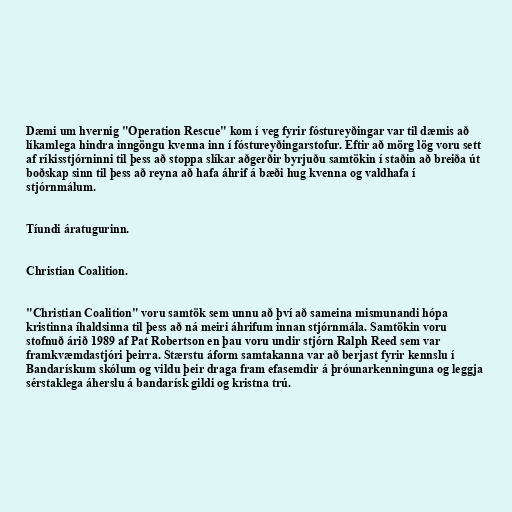
Dæmi um hvernig "Operation Rescue" kom í veg fyrir fóstureyðingar var til dæmis að
líkamlega hindra inngöngu kvenna inn í fóstureyðingarstofur. Eftir að mörg lög voru sett
af ríkisstjórninni til þess að stoppa slíkar aðgerðir byrjuðu samtökin í staðin að breiða út
boðskap sinn til þess að reyna að hafa áhrif á bæði hug kvenna og valdhafa í
stjórnmálum.

Tíundi áratugurinn.

Christian Coalition.

"Christian Coalition" voru samtök sem unnu að því að sameina mismunandi hópa
kristinna íhaldsinna til þess að ná meiri áhrifum innan stjórnmála. Samtökin voru
stofnuð árið 1989 af Pat Robertson en þau voru undir stjórn Ralph Reed sem var
framkvæmdastjóri þeirra. Stærstu áform samtakanna var að berjast fyrir kennslu í
Bandarískum skólum og vildu þeir draga fram efasemdir á þróunarkenninguna og leggja
sérstaklega áherslu á bandarísk gildi og kristna trú.